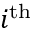
i ^ { \mathrm { t h } }